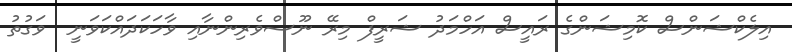
އިލެކްޝަންސް ކޮމިޝަންގެ ރައީސް އަހްމަދު ޝަރީފް މިރޭ ނޫސްވެރިންނާއި ވާހަކަދައްކަވަނީ  ވަގުތު